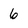
Character: 6